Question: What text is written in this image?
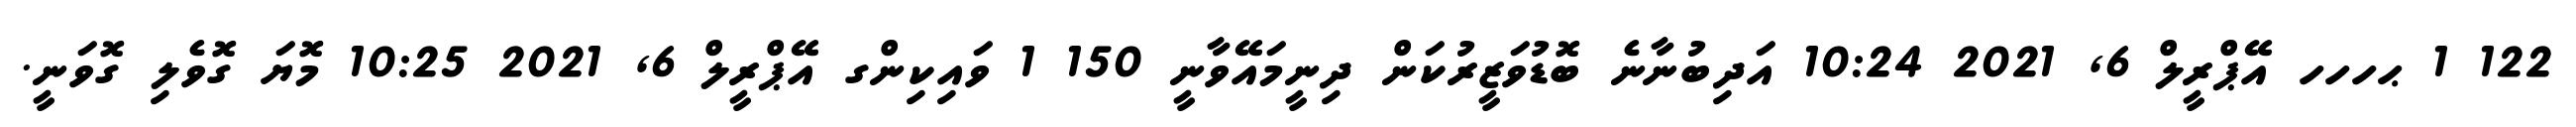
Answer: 122 1 ޙހހހ އޭޕްރީލް 6, 2021 10:24 އަދިބުނާނެ ބޮޑުވަޒީރުކަން ދިނީމައޭވާނީ 150 1 ވައިކިންގ އޭޕްރީލް 6, 2021 10:25 މޮޔަ ގޮވެލި ގޮވަނީ.